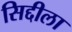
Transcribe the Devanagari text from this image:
सिद्दीला